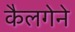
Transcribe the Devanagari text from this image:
कैलगेने